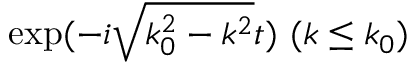
\mathrm { e x p } ( - i \sqrt { k _ { 0 } ^ { 2 } - k ^ { 2 } } t ) \ ( k \leq k _ { 0 } )